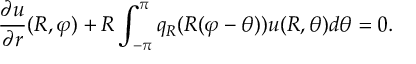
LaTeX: { \frac { \partial u } { \partial r } } ( R , \varphi ) + R \int _ { - \pi } ^ { \pi } q _ { R } ( R ( \varphi - \theta ) ) u ( R , \theta ) d \theta = 0 .